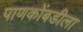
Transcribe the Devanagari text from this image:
पाणकोंबडीला